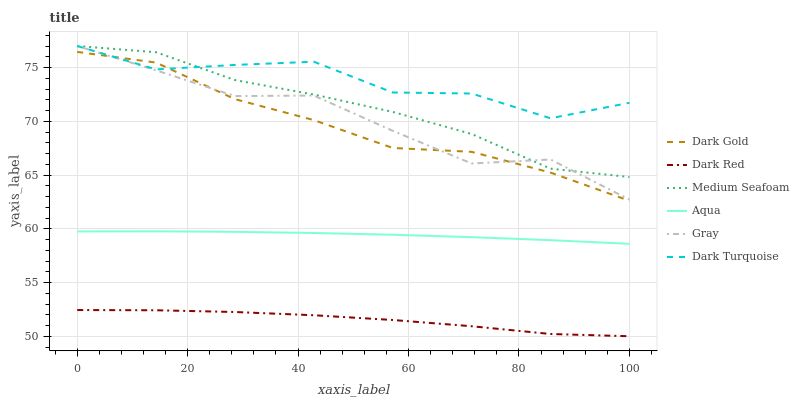
| xaxis_label | Dark Gold | Dark Red | Medium Seafoam | Aqua | Gray | Dark Turquoise |
 | --- | --- | --- | --- | --- | --- | --- |
 | 0 | 76.5 | 52.4 | 77 | 59.8 | 77 | 77 |
 | 14.3 | 75.5 | 52.4 | 76.4 | 59.8 | 74.7 | 74.8 |
 | 28.6 | 72.1 | 52.3 | 73.8 | 59.7 | 72.3 | 75.2 |
 | 42.9 | 70.1 | 52 | 72.5 | 59.6 | 72.4 | 75.5 |
 | 57.1 | 67.5 | 51.5 | 70.9 | 59.4 | 69.1 | 72.7 |
 | 71.4 | 67.2 | 50.9 | 68.8 | 59.2 | 66.1 | 72.6 |
 | 85.7 | 65.2 | 50.2 | 65.6 | 58.9 | 66.4 | 70.3 |
 | 100 | 62.6 | 50 | 64.8 | 58.6 | 62.7 | 71.7 |